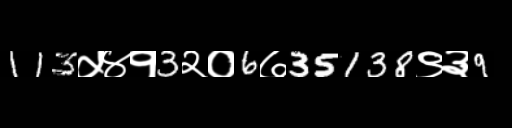
Text: 113५४१3२०6७35138९३9